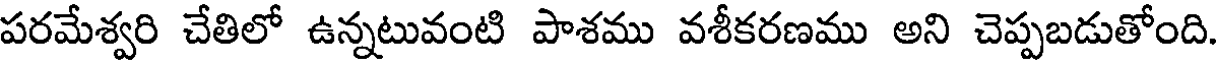
పరమేశ్వరి చేతిలో ఉన్నటువంటి పాశము వశీకరణము అని చెప్పబడుతోంది.